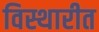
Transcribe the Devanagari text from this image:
विस्थारीत